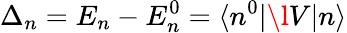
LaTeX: \Delta_{n}=E_{n}-E_{n}^{0}=\langle n^{0}\lvert\l V\lvert n\rangle